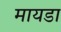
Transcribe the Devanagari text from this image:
मायडा